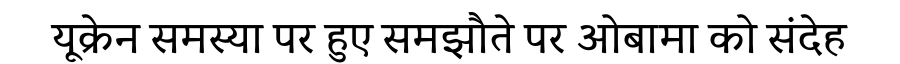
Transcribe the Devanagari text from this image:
यूक्रेन समस्या पर हुए समझौते पर ओबामा को संदेह